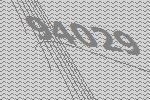
94029